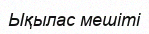
Ықылас мешіті